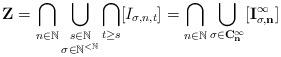
LaTeX: \begin{align*}\mathbf{Z} = \bigcap_{n \in \mathbb{N}} \mathop{\bigcup_{s \in \mathbb{N}}}_{\sigma \in \mathbb{N}^{< \mathbb{N}}}\bigcap_{t \geq s} [I_{\sigma,n,t}] = \bigcap_{n \in \mathbb{N}} \bigcup_{\sigma \in \mathbf{C_n^{\infty}}} [\mathbf{I_{\sigma,n}^{\infty}}]\end{align*}